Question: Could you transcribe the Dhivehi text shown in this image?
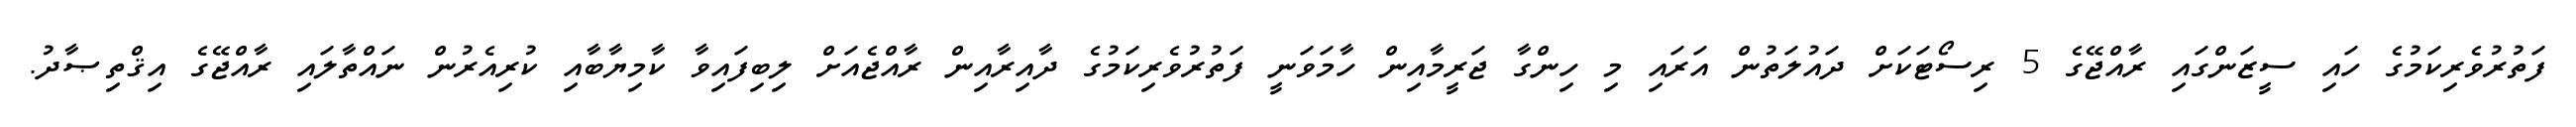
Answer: ފަތުރުވެރިކަމުގެ ހައި ސީޒަންގައި ރާއްޖޭގެ 5 ރިސޯޓަކަށް ދައުލަތުން އަރައި މި ހިންގާ ޖަރީމާއިން ހާމަވަނީ ފަތުރުވެރިކަމުގެ ދާއިރާއިން ރާއްޖެއަށް ލިބިފައިވާ ކާމިޔާބާއި ކުރިއެރުން ނައްތާލައި ރާއްޖޭގެ އިޤްތިޞާދު.